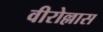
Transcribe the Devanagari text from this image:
वीरोल्लास